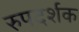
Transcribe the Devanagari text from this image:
रुपदर्शक